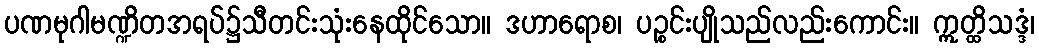
ပဏမုဂါမဏ္ဍိတအရပ်၌သီတင်းသုံးနေထိုင်သော။ ဒဟာရောစ၊ ပဉ္စင်းပျိုသည်လည်းကောင်း။ ဣတ္ထိသဒ္ဒံ၊